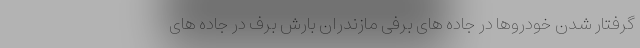
گرفتار شدن خودروها در جاده های برفی مازندران بارش برف در جاده های